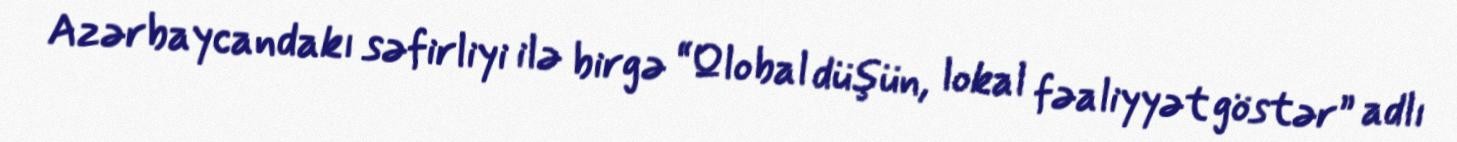
Azərbaycandakı səfirliyi ilə birgə “Qlobal düşün, lokal fəaliyyət göstər” adlı